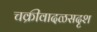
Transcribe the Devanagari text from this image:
चक्रीवादळसदृश